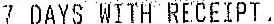
7 DAYS WITH RECEIPT .